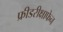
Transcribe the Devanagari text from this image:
फ्रीडरीक्षाफेन